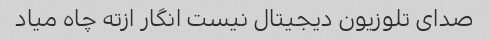
صدای تلوزیون دیجیتال نیست انگار ازته چاه میاد